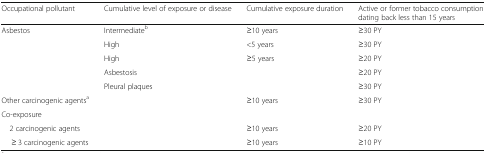
<table><thead><tr><td><b>Occupational pollutant</b></td><td><b>Cumulative level of exposure or disease</b></td><td><b>Cumulative exposure duration</b></td><td><b>Active or former tobacco consumption dating back less than 15 years</b></td></tr></thead><tbody><tr><td rowspan="5">Asbestos</td><td>Intermediate<sup>b</sup></td><td>≥10 years</td><td>≥30 PY</td></tr><tr><td>High</td><td>&lt;5 years</td><td>≥30 PY</td></tr><tr><td>High</td><td>≥5 years</td><td>≥20 PY</td></tr><tr><td>Asbestosis</td><td>[EMPTY_CELL]</td><td>≥20 PY</td></tr><tr><td>Pleural plaques</td><td>[EMPTY_CELL]</td><td>≥30 PY</td></tr><tr><td>Other carcinogenic agents<sup>a</sup></td><td>[EMPTY_CELL]</td><td>≥10 years</td><td>≥30 PY</td></tr><tr><td colspan="4">Co-exposure</td></tr><tr><td> 2 carcinogenic agents</td><td>[EMPTY_CELL]</td><td>≥10 years</td><td>≥20 PY</td></tr><tr><td>≥ 3 carcinogenic agents</td><td>[EMPTY_CELL]</td><td>≥10 years</td><td>≥10 PY</td></tr></tbody></table>